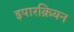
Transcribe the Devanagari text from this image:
इपारक्रियन